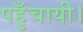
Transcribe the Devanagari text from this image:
पहुँचायी।